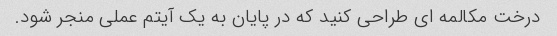
درخت مکالمه ای طراحی کنید که در پایان به یک آیتم عملی منجر شود.